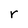
Character: r